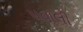
પવાલી